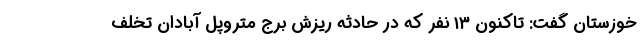
خوزستان گفت: تاکنون ۱۳ نفر که در حادثه ریزش برج متروپل آبادان تخلف